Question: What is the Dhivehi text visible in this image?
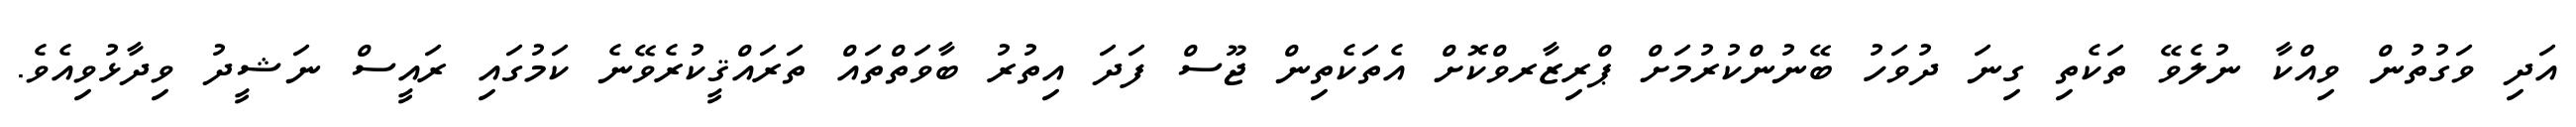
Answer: އަދި ވަގުތުން ވިއްކާ ނުލެވޭ ތަކެތި ގިނަ ދުވަހު ބޭނުންކުރުމަށް ޕްރިޒާރވްކޮށް އެތަކެތިން ޖޫސް ފަދަ އިތުރު ބާވަތްތައް ތަރައްޤީކުރެވޭނެ ކަމުގައި ރައީސް ނަޝީދު ވިދާޅުވިއެވެ.